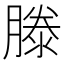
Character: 滕